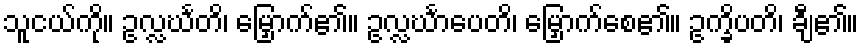
သူငယ်ကို။ ဥလ္လင်္ဃတိ၊ မြှောက်၏။ ဥလ္လင်္ဃာပေတိ၊ မြှောက်စေ၏။ ဥက္ခိပတိ၊ ချီ၏။